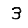
Digit: 3